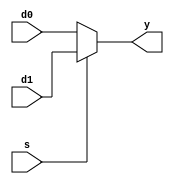
module mux2_5(
				input d0, 
				input d1,  
				input s, 
				output y);
		assign y = (s) ? d1 : d0;
	endmodule